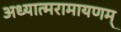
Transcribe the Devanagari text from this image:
अध्यात्मरामायणम्